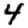
Digit: 4